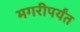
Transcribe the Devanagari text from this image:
मगरीपर्यंत